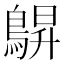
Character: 鵿